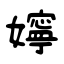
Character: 嬣